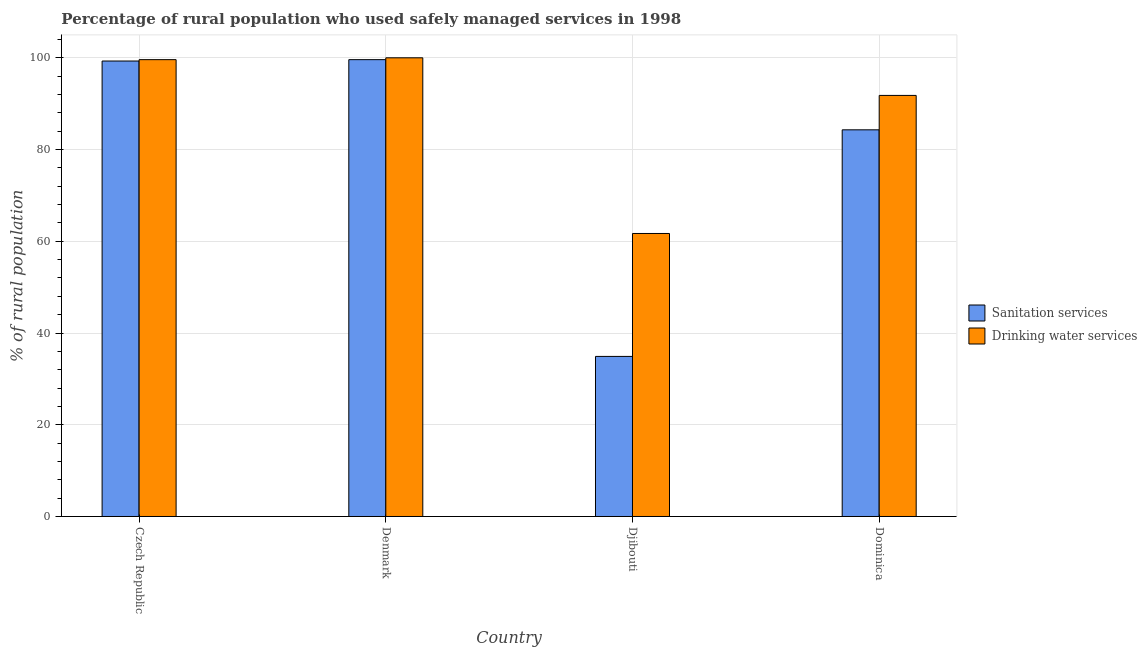
| Country | Sanitation services | Drinking water services |
 | --- | --- | --- |
 | Czech Republic | 99.3 | 99.6 |
 | Denmark | 99.6 | 100 |
 | Djibouti | 34.9 | 61.7 |
 | Dominica | 84.3 | 91.8 |